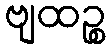
ဗျထဉ္စ